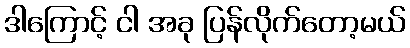
ဒါကြောင့် ငါ အခု ပြန်လိုက်တော့မယ်